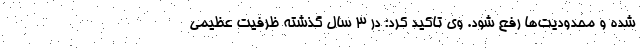
شده و محدودیت‌ها رفع شود. وی تاکید کرد:‌ در ۳ سال گذشته ظرفیت عظیمی